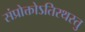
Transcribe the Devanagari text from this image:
संप्रोक्तोऽतिरथस्तु